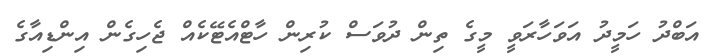
އަބްދު ހަމީދު އަވަހާރަވީ މީގެ ތިން ދުވަސް ކުރިން ހާޓްއެޓޭކެއް ޖެހިގެން އިންޑިއާގެ